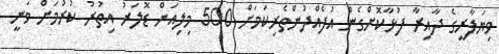
ވިޔަފާރީގެ ދާއިރާ ފުޅާކޮށްގެން އުފެއްދުންތެރިކަމަށް 500 މިލިއަން ޑޮލަރު އިތުރު ކުރުމަށް ވަނީ